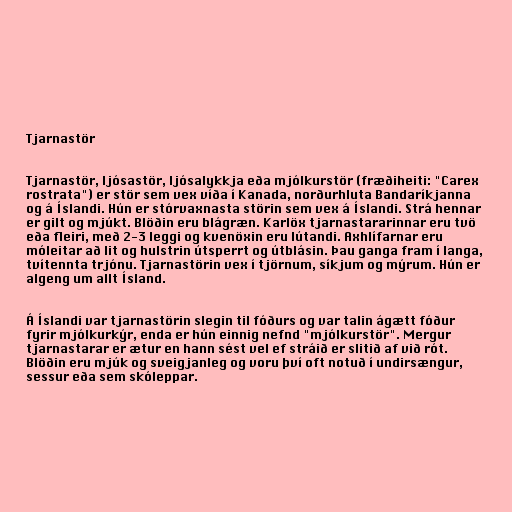
Tjarnastör

Tjarnastör, ljósastör, ljósalykkja eða mjólkurstör (fræðiheiti: "Carex
rostrata") er stör sem vex víða í Kanada, norðurhluta Bandaríkjanna
og á Íslandi. Hún er stórvaxnasta störin sem vex á Íslandi. Strá hennar
er gilt og mjúkt. Blöðin eru blágræn. Karlöx tjarnastararinnar eru tvö
eða fleiri, með 2-3 leggi og kvenöxin eru lútandi. Axhlífarnar eru
móleitar að lit og hulstrin útsperrt og útblásin. Þau ganga fram í langa,
tvítennta trjónu. Tjarnastörin vex í tjörnum, síkjum og mýrum. Hún er
algeng um allt Ísland.

Á Íslandi var tjarnastörin slegin til fóðurs og var talin ágætt fóður
fyrir mjólkurkýr, enda er hún einnig nefnd "mjólkurstör". Mergur
tjarnastarar er ætur en hann sést vel ef stráið er slitið af við rót.
Blöðin eru mjúk og sveigjanleg og voru því oft notuð í undirsængur,
sessur eða sem skóleppar.